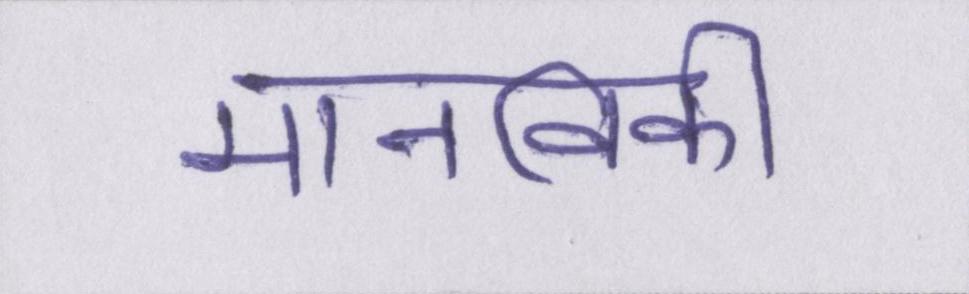
मानविकी